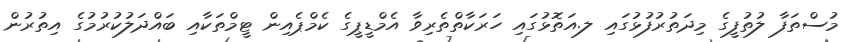
މުސްތަފާ ލުތުފީގެ މިދަތުރުފުޅުގައި ލ.އަތޮޅުގައި ހަރަކާތްތެރިވާ އެމްޑީޕީގެ ކެމްޕެއިން ޓީމްތަކާއި ބައްދަލުކުރުމުގެ އިތުރުން